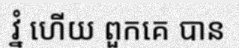
វ្នំ ហើយ ពួកគេ បាន